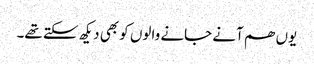
یوں ھم آنے جانے والوں کو بھی دیکھ سکتے تھے۔